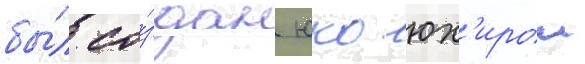
бы́л со́здан юко юх'ирои